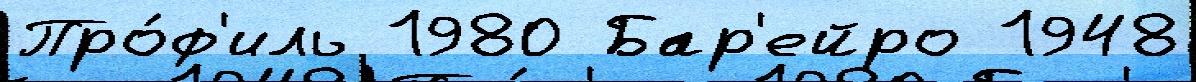
Про́ф'иль 1980 Бар'ейро 1948